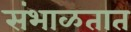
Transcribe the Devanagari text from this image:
संभाळतात